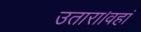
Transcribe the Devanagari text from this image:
उतारा।वहां